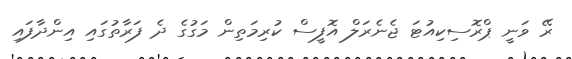
ރޭ ވަނީ ޕްރޮސިކިއުޓަ ޖެނެރަލް އޮފީސް ކުރިމަތިން މަގުގެ ދެ ފަރާތުގައި އިންދާފައި